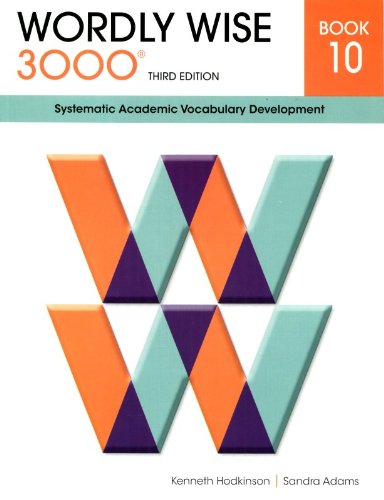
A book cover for Wordly Wise 3000 Systematic Academic Vocabulary Development; Sandra Adams Kenneth Hodkinson; Reference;